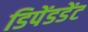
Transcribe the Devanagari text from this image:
डिपेंडडेंट